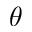
\theta